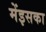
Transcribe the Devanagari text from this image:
मेंइसका